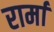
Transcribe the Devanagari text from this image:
रार्मा